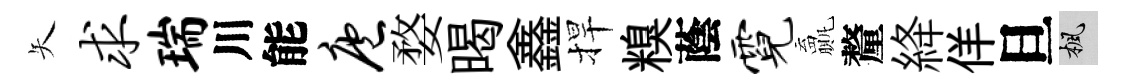
矢求瑞川能庖婺暍鑫捍糗蔭霓贏釐絳佯旦楓